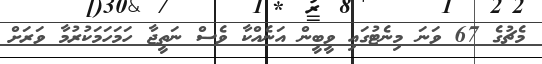
މެޗުގެ 67 ވަނަ މިނެޓުގައި ވީބީން އަނެއްކާ ވެސް ނަތީޖާ ހަމަހަމަކުރުމާ ވަރަށް